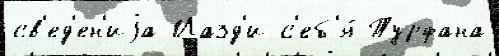
св'ед'ен'иjа Йазд'и с'еб'я́ Турфана